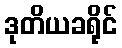
ဒုတိယခရိုင်